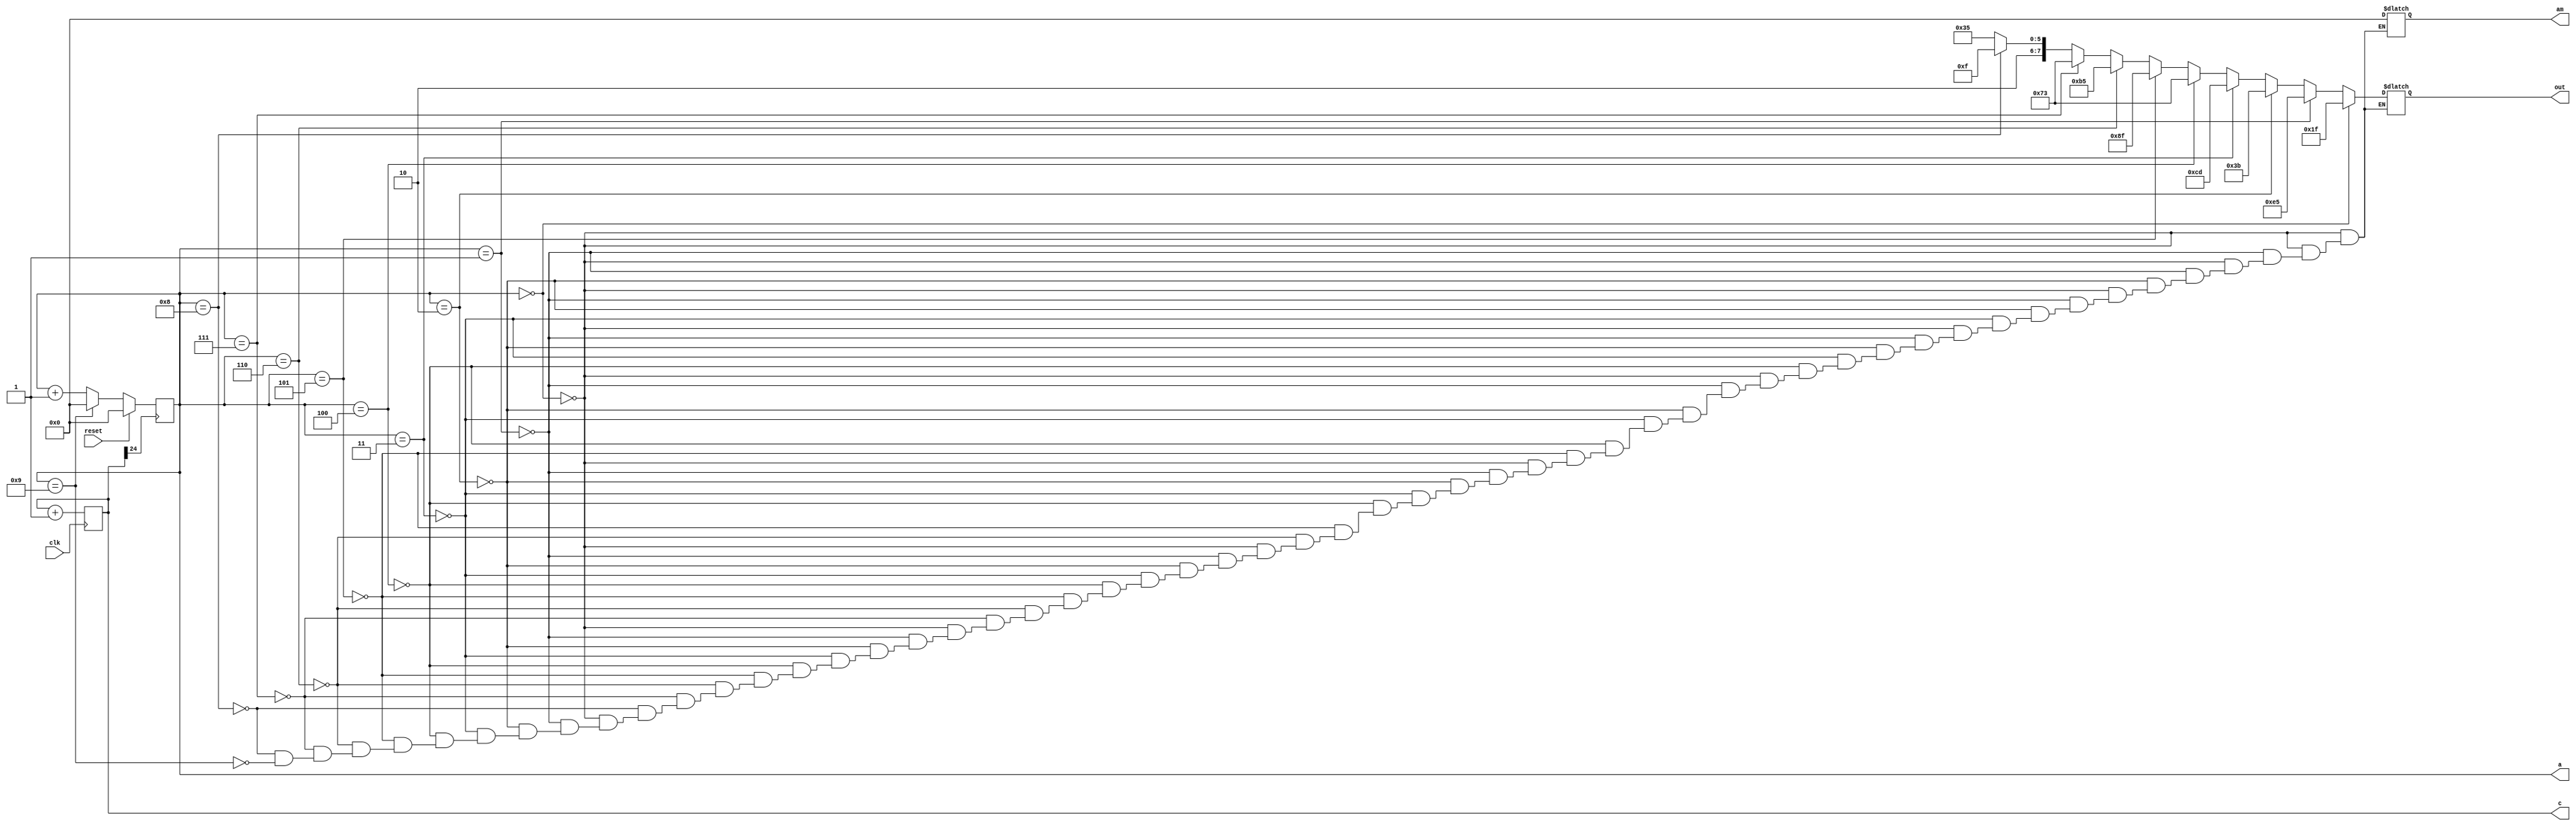
module fdsfsd(clk, reset, c, a, am, out);
    input clk;
    input reset;
    output reg[24:0] c=0;
    output reg[3:0] a;
    output reg[3:0] am;
    output reg[7:0] out;
 always@(posedge clk)
 c=c+1;
 always@(posedge c[24])
 begin 
if (reset)
begin
a=0;
end
else if (a==9) 
a=0;
else 
a=a+1;
end


always@(a)
begin 
	if   (a==4'd0) begin out=8'b00011111; am=0; end
else if (a==4'd1) begin out=8'b11100101; am=0; end
else if (a==4'd2) begin out=8'b00111011; am=0; end
else if (a==4'd3) begin out=8'b11001101; am=0; end
else if (a==4'd4) begin out=8'b01110011; am=0; end
else if (a==4'd5) begin out=8'b10001111; am=0; end
else if (a==4'd6) begin out=8'b10110101; am=0; end
else if (a==4'd7) begin out=8'b01110011; am=0; end
else if (a==4'd8) begin out=8'b10001111; am=0; end
else if (a==4'd9) begin out=8'b10110101; am=0; end
end

endmodule